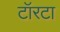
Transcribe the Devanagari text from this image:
टॉरटा